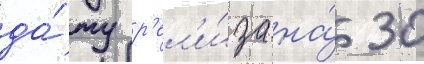
да́ту р'ел'и́за на́ 30